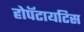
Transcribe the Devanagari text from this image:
होपॅटायटिस